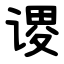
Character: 谡